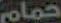
حمام